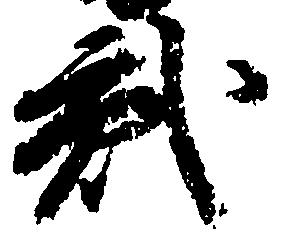
弐